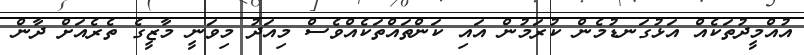
އުއްމީދުތަކެއް އަޅުގަނޑުމެން ކުރަމުން އައި ކަންތައްތަކެއްވެސް މިއަދު މިވަނީ މާޒީގެ ތެރެއަށް ދާން